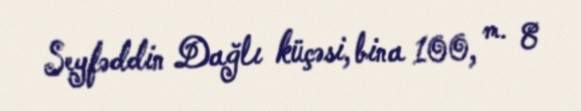
Seyfəddin Dağlı küçəsi, bina 100, m. 8